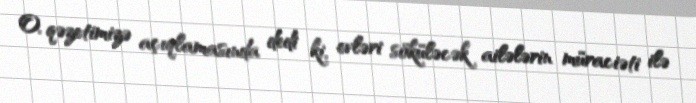
O, qəzetimizə açıqlamasında dedi ki, evləri söküləcək ailələrin müraciəti ilə